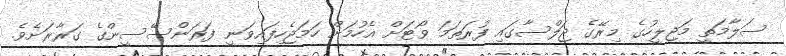
ސަލާމަތީ މަޖިލީހުގެ މިރޭގެ ޖަލްސާގައި ފުރަތަމަ ވޯޓަށް އެހުމަށް ހަމަޖެހިފައިވަނީ ފަރަންސޭސީންގެ ގަރާރަށެވެ.